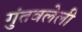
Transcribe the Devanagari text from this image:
गुंतवलेली